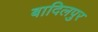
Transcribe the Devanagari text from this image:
बादिलपुर